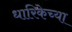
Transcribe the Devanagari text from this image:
धारिकेच्या